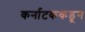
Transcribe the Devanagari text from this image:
कर्नाटककडून